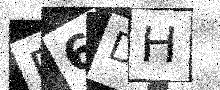
Text: B6DH